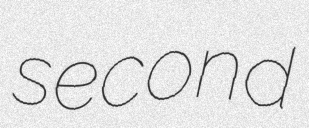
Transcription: second